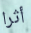
أثرا